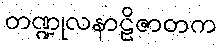
တဏ္ဍုလနာဠိဇာတက